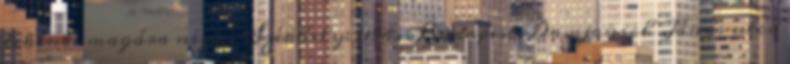
tekinti magára nézve. Székhely: 1154. Budapest, Damjanich János utca